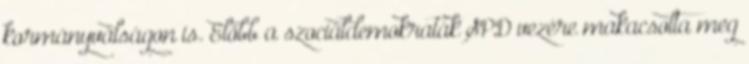
kormányválságon is. Előbb a szociáldemokraták SPD vezére makacsolta meg